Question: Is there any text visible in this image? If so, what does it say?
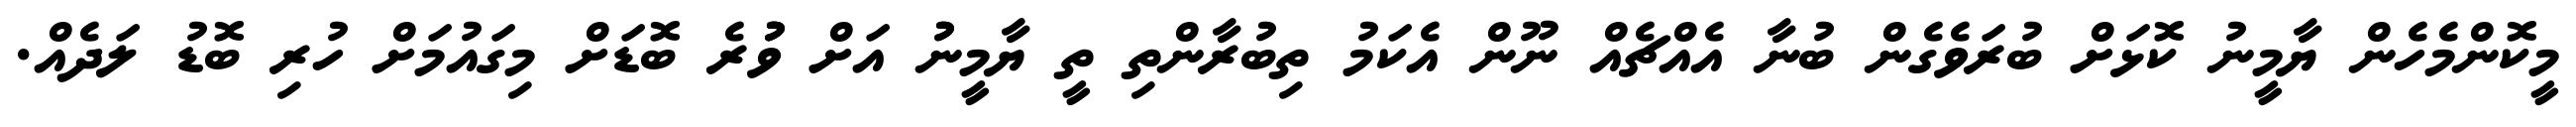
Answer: މީކޮންމެހެން ޔާމީނު ކޮޅަށް ބުރަވެގެން ބުނާ އެއްޗެއް ނޫން އެކަމު ތިބުރާންތި ތީ ޔާމީނުު އަށް ވުުުރެ ބޮޑަށް މިގައުމަށް ހުރި ބޮޑު ލަދެއް.